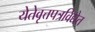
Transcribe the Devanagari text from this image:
येतेवृत्तपत्रविद्येत